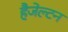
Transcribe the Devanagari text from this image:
हैजेल्टन